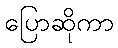
ပြောဆိုကာ